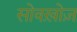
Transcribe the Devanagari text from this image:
सोवख़ोज़